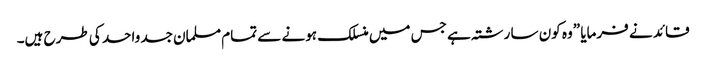
قائد نے فرمایا ”وہ کون سا رشتہ ہے جس میں منسلک ہونے سے تمام مسلمان جسد واحد کی طرح ہیں۔